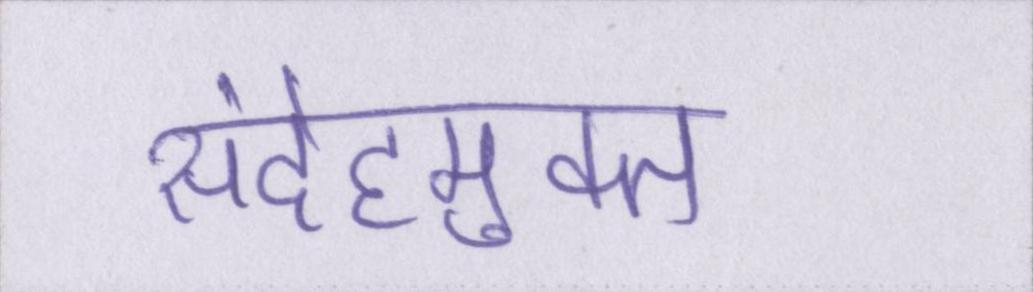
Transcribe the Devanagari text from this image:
संदेहमुक्त